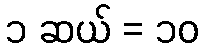
၁ ဆယ် = ၁၀